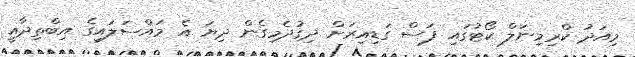
މިއަދު ކްރިމިނަލް ކޯޓުގައި ފަސް ގަޑިއިރަށް ދިގުދެމިގެން ދިޔަ އެ މައްސަލައިގެ އިބްތިދާއީ